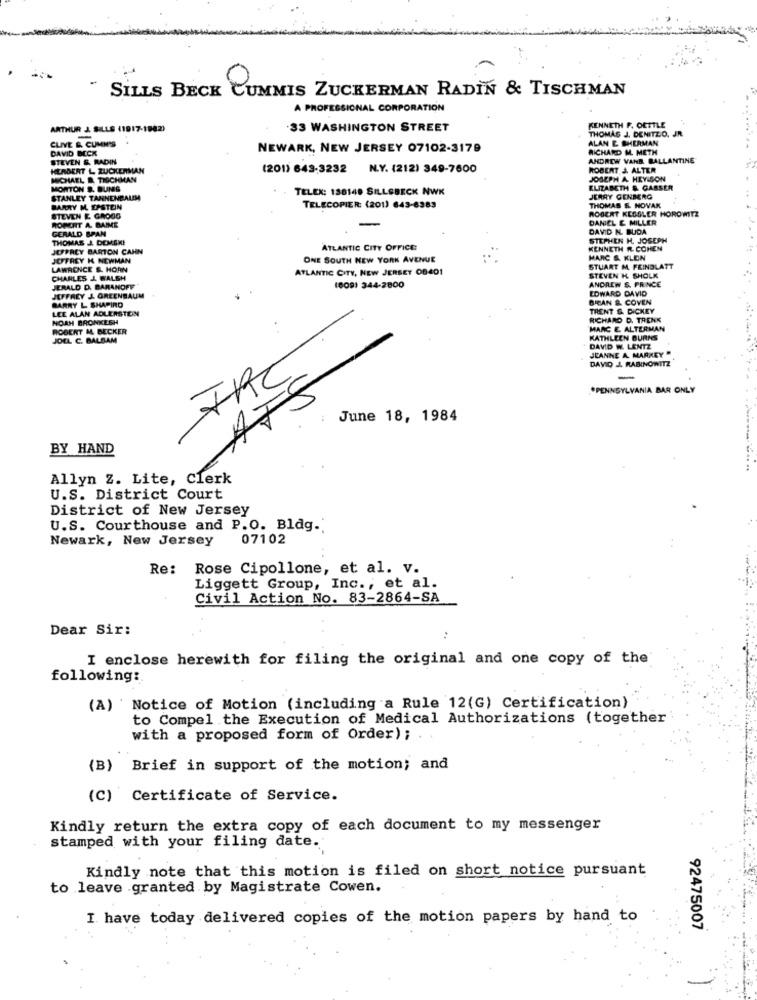
SILLS BECK CUMMIS ZUCKERMAN RADIN & TISCHMAN
A PROFESSIONAL CORPORATION
ARTHUR J. SILLS (1917-1982)
-33 WASHINGTON STREET
KENNETH F. OETTLE
THOMAS J. DENITZO, JR.
CLIVE &. CUMM'S
ALAN E SHERMAN
DAVID BECK
NEWARK, NEW JERSEY 07102-3179
RICHARD M. METH
STEVEN & RADIN
ANDREW VANB BALLANTINE
HERBERT L. ZUCKERMAN
(201) 643-3232 N.Y. (212) 349-7600
ROBERT J. ALTER
MICHAEL B. TISCHMAN
JOSEPH A. HEYISON
MORTON R. BUNS
TELEX: 138148 SILLSBECK NWK
ELIZABETH & GARSER
STANLEY TARNENKALEM
JERRY GENBERG
BARRY M. EPSTEIN
TELECOPIER: (201) 643-6383
THOMAS E. NOVAK
ROBERT KESSLER HOROWITZ
ROBERT A. MAIME
STEVEN E. GROGG
DANIEL E MILLER
GERALD BPAN
DAVID IN. BUDA
THOMAS J. DEMEKE
STEPHEN H. JOSEPH
JEFFREY BARTON CAHN
ATLANTIC CITY OFFICE
KENNETH R. COHEN
JEFFREY K NEWMAN
ONE SOUTH NEW YORK AVENUE
MARC &. KLEN
LAWRENCE &. HORN
ATLANTIC CITY, NEW JERSEY OB401
STUART M. FEINBLATT
CHARLES J. WALSH
STEVEN TH. SHOLK
ANDREW S. PRINCE
JERALD D. BARANOFF
(809) 344-2800
EDWARD DAVID
JEFFREY J. GREENBAUM
BARRY L. SHAPIRO
BRAN & COVEN
LEE ALAN ADLERSTEIN
TRENT & DICKEY
NOAH BRONKESH
RICHARD D. TRENK
ROBERT M. BECKER
MARC E. ALTERMAN
JOEL C. BALSAM
KATHLEEN BURNS
DAVID W. LENTZ
JEANNE A. MARKEY"
DAVID J. RABINOWITZ
FAC
-
*PENNSYLVANIA BAR ONLY
AFS
: June 18, 1984
BY HAND
Allyn Z. Lite, Clerk
U.S. District Court
District of New Jersey
U.S. Courthouse and P.O. Bldg.
Newark, New Jersey
07102
Re: Rose Cipollone, et al. v.
Liggett Group, Inc ., et al.
Civil Action No. 83-2864-SA
Dear Sir:
I enclose herewith for filing the original and one copy of the
following:
(A) ' Notice of Motion (including a Rule 12(G) Certification)
to Compel the Execution of Medical Authorizations (together
with a proposed form of Order);
(B) Brief in support of the motion; and
(C) Certificate of Service.
Kindly return the extra copy of each document to my messenger
stamped with your filing date.
Kindly note that this motion is filed on short notice pursuant
to leave granted by Magistrate Cowen.
I have today delivered copies of the motion papers by hand to
92475007